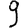
Digit: 9